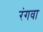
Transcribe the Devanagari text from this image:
रंगवा